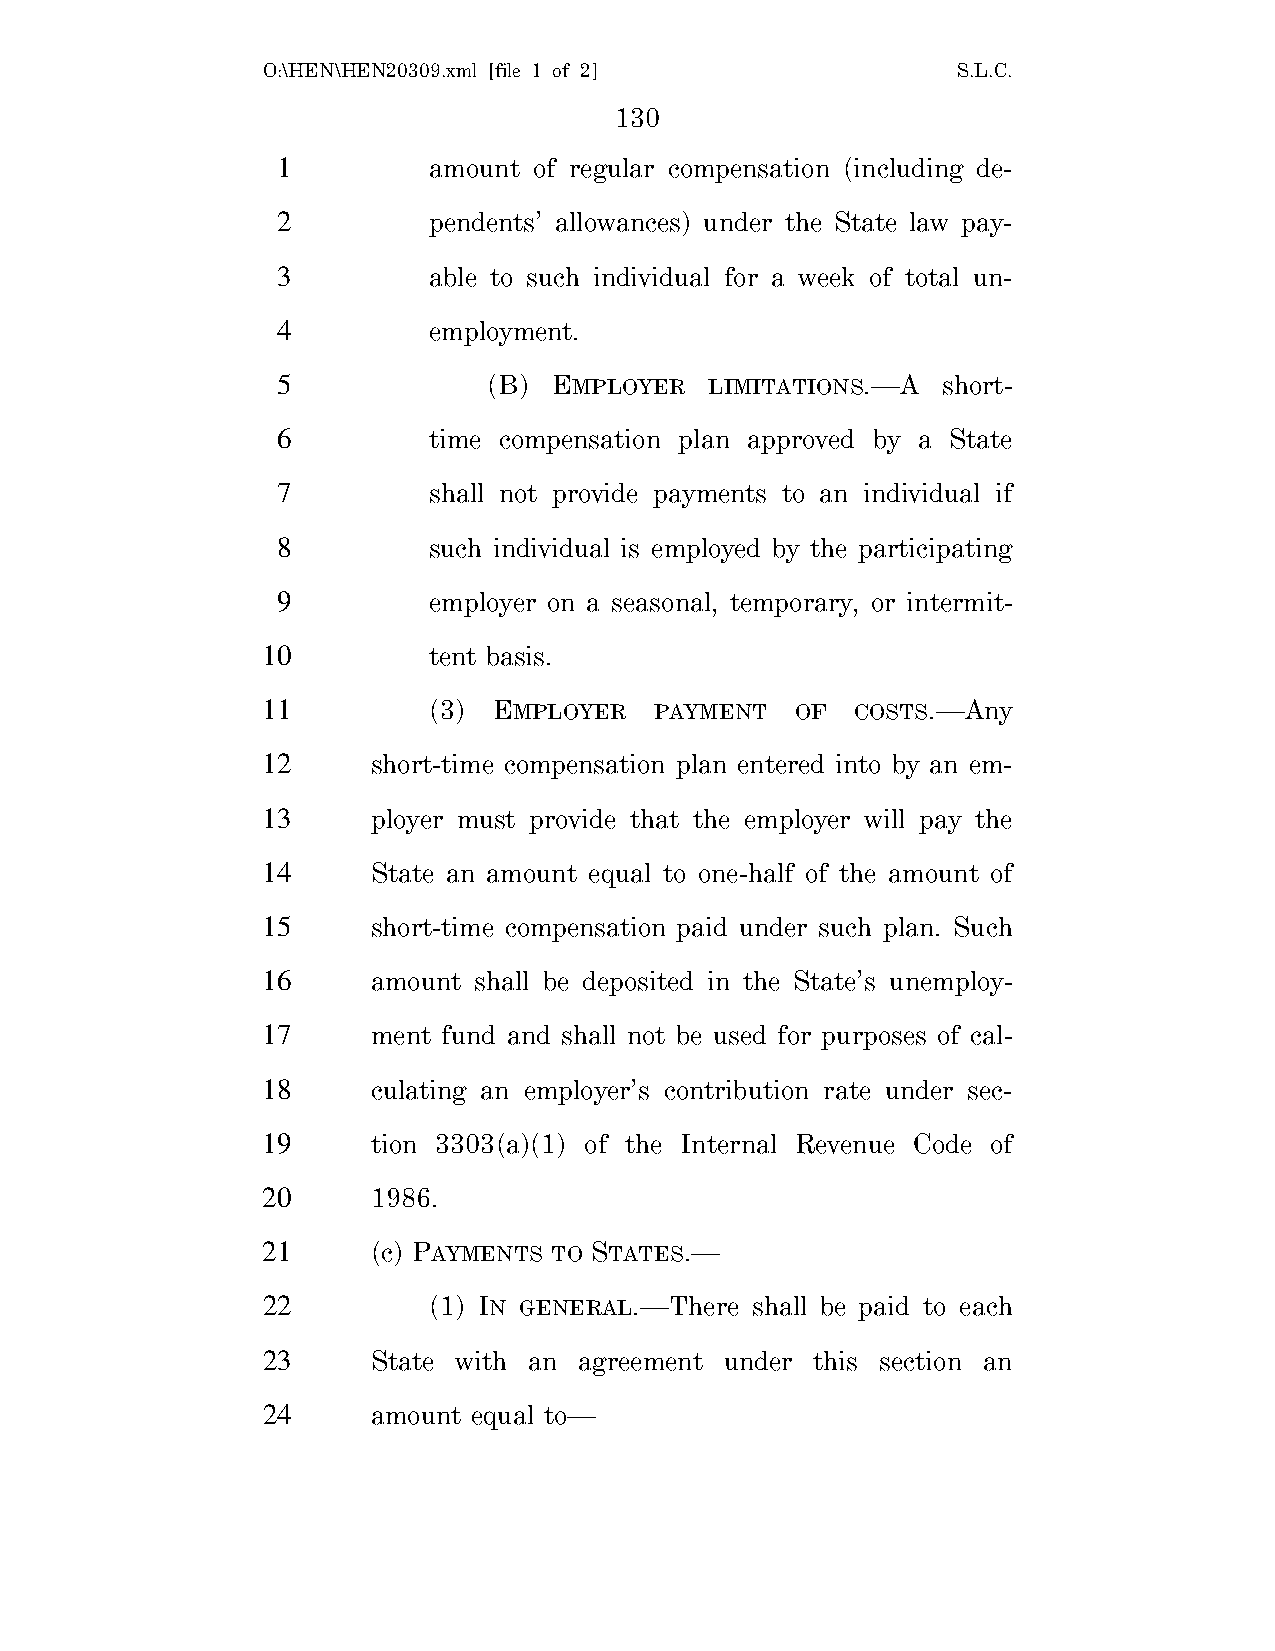
O:\HEN\HEN20309.xml [file 1 of 2]             S.L.C.
 130
 1         amount of regular compensation (including de-
 2         pendents’ allowances) under the State law pay-
 3         able to such individual for a week of total un-
 4         employment.
 5             (B)  EMPLOYER  LIMITATIONS.—A short-
 6         time compensation plan approved by a State
 7         shall not provide payments to an individual if
 8         such individual is employed by the participating
 9         employer on a seasonal, temporary, or intermit-
 10         tent basis.
 11         (3)  EMPLOYER  PAYMENT   OF  COSTS.—Any
 12      short-time compensation plan entered into by an em-
 13      ployer must provide that the employer will pay the
 14      State an amount equal to one-half of the amount of
 15      short-time compensation paid under such plan. Such
 16      amount shall be deposited in the State’s unemploy-
 17      ment fund and shall not be used for purposes of cal-
 18      culating an employer’s contribution rate under sec-
 19      tion 3303(a)(1) of the Internal Revenue Code of
 20      1986.
 21      (c) PAYMENTS TO STATES.—
 22         (1) IN GENERAL.—There shall be paid to each
 23      State with an agreement under this section an
 24      amount equal to—